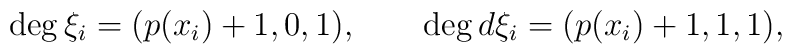
\deg \xi_i = (p(x_i)+1,0,1),\qquad \deg d\xi_i = (p(x_i)+1,1,1) ,